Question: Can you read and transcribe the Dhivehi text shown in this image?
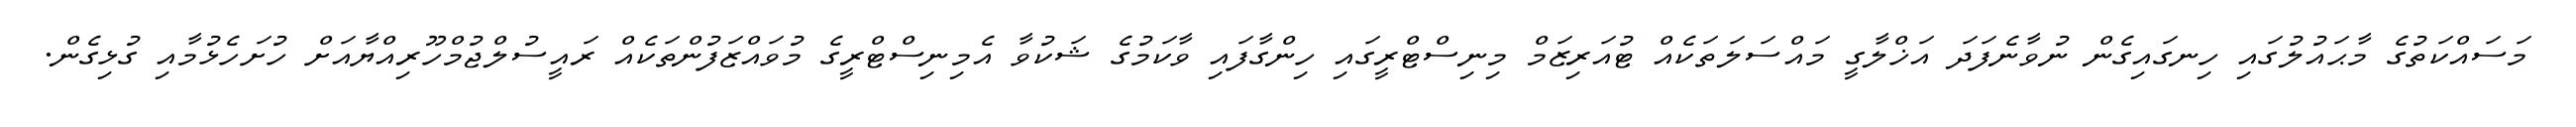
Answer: މަސައްކަތުގެ މާޙައުލުގައި ހިނގައިގެން ނުވާނެފަދަ އަޚްލާގީ މައްސަލަތަކެއް ޓުއަރިޒަމް މިނިސްޓްރީގައި ހިންގާފައި ވާކަމުގެ ޝަކުވާ އެމިނިސްޓްރީގެ މުވައްޒަފުންތަކެއް ރައީސުލްޖުމްހޫރިއްޔާއަށް ހުށަހެޅުމާއި ގުޅިގެން.